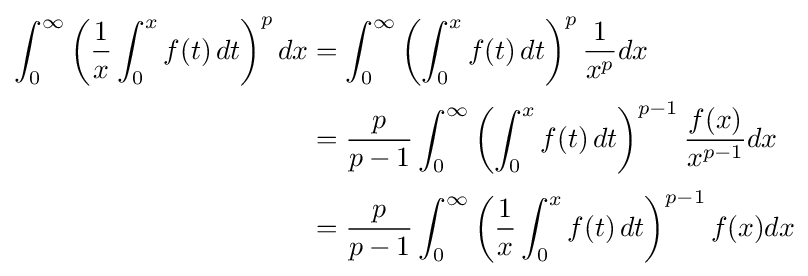
{\begin{aligned}\int _{0}^{\infty }\left({\frac {1}{x}}\int _{0}^{x}f(t)\,dt\right)^{p}dx&=\int _{0}^{\infty }\left(\int _{0}^{x}f(t)\,dt\right)^{p}{\frac {1}{x^{p}}}dx\\[0.2em]&={\frac {p}{p-1}}\int _{0}^{\infty }\left(\int _{0}^{x}f(t)\,dt\right)^{p-1}{\frac {f(x)}{x^{p-1}}}dx\\[0.2em]&={\frac {p}{p-1}}\int _{0}^{\infty }\left({\frac {1}{x}}\int _{0}^{x}f(t)\,dt\right)^{p-1}f(x)dx\end{aligned}}